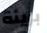
بريئة